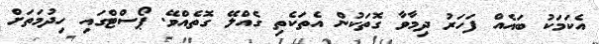
އެކަމަކު ބައެއް ފަހަރު ދިމާވާ ގޮތަކުން އެތަކެތި ގެއްލޭ ގޮތެއްވޭ. ޕޯސްޓްގައި ހިދުމަތަށް